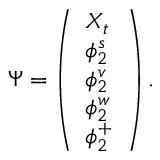
\Psi = \left( \begin{array} { l } { X _ { t } } \\ { \phi _ { 2 } ^ { s } } \\ { \phi _ { 2 } ^ { v } } \\ { \phi _ { 2 } ^ { w } } \\ { \phi _ { 2 } ^ { + } } \end{array} \right) .